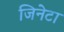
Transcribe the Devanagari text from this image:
जिनेटा